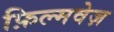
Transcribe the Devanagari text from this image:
फ़िल्मवेज़